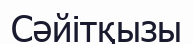
Сәйітқызы